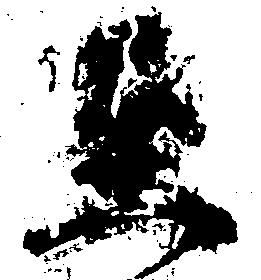
至